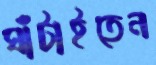
ঘাঁটাইতেন